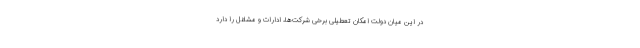
در این میان دولت امکان تعطیلی برخی شرکت‌ها، ادارات و مشاغل را دارد